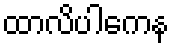
ထာလိပါကေန